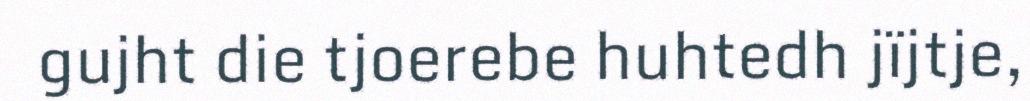
gujht die tjoerebe huhtedh jïjtje,